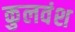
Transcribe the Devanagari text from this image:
कुलवंश